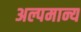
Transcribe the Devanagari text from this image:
अल्पमान्य